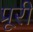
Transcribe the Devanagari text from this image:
प्रूरी